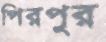
পিরপুর